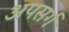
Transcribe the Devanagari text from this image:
अपसर्ग